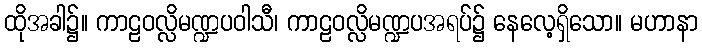
ထိုအခါ၌။ ကာဠဝလ္လိမဏ္ဍပဝါသီ၊ ကာဠဝလ္လိမဏ္ဍပအရပ်၌ နေလေ့ရှိသော။ မဟာနာ